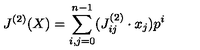
J ^ { ( 2 ) } ( X ) = \sum _ { i , j = 0 } ^ { n - 1 } ( J _ { i j } ^ { ( 2 ) } \cdot x _ { j } ) p ^ { i }